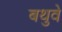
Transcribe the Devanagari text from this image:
बथुवे